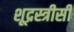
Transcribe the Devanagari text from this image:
शूद्रस्त्रीसी